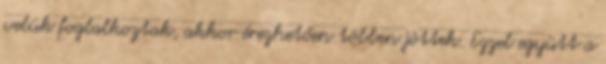
velük foglalkoztak, akkor érezhetően többen jöttek. Ezzel együtt a